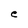
Character: e